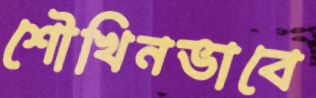
শৌখিনভাবে